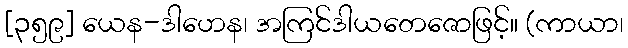
[၃၅၉] ယေန-ဒါဟေန၊ အကြင်ဒါယတေဇောဖြင့်။ (ကာယာ၊